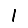
Digit: 1